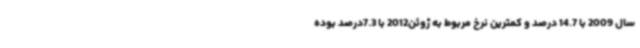
سال 2009 با 14.7 درصد و کمترین نرخ مربوط به ژوئن2012 با 7.3درصد بوده